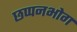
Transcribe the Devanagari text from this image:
छप्पनभोग